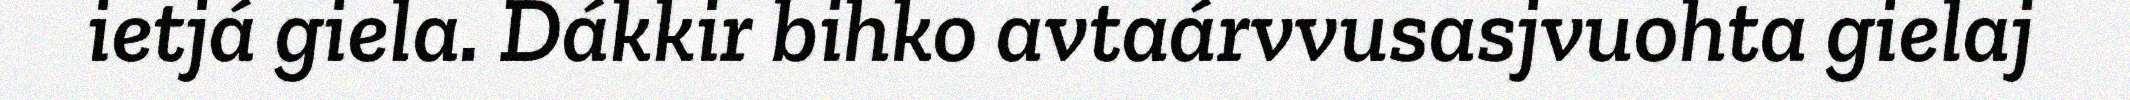
ietjá giela. Dákkir bihko avtaárvvusasjvuohta gielaj